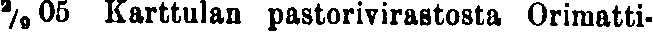
²⁄₉05 Karttulan pastorivirastosta Orimatti-